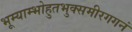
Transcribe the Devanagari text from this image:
भूम्याम्भोहुतभुक्समीरगगनं